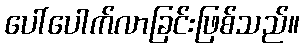
ပေါ်ပေါက်လာခြင်းဖြစ်သည်။